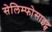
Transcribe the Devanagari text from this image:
सेलिम्फोसाइट्स